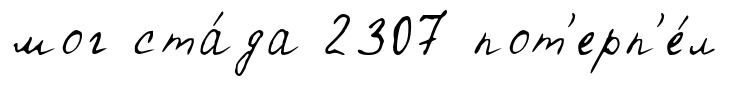
мог ста́да 2307 пот'ерп'е́л